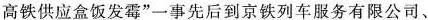
高铁供应盒饭发霉”一事先后到京铁列车服务有限公司、